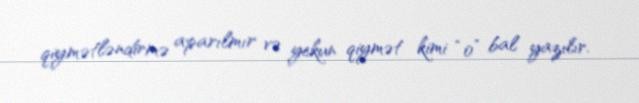
qiymətləndirmə aparılmır və yekun qiymət kimi “0” bal yazılır.